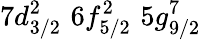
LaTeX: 7d_{3/2}^{2}\, \, 6f_{5/2}^{2}\, \, 5g_{9/2}^{7}